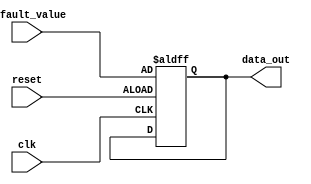
module FallbackBypassRegister (
    input wire clk,
    input wire reset,
    input wire [DATA_WIDTH-1:0] default_value,
    output reg [DATA_WIDTH-1:0] data_out
);

parameter DATA_WIDTH = 32; // Define the width of the register

reg [DATA_WIDTH-1:0] register_data;

always @(posedge clk or posedge reset) begin
    if (reset) begin
        register_data <= default_value;
    end else begin
        register_data <= register_data; // No change in normal operation
    end
end

assign data_out = register_data;

endmodule